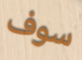
سوف